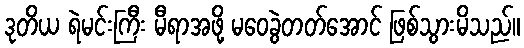
ဒုတိယ ရဲမင်းကြီး မီရာအဖို့ မဝေခွဲတတ်အောင် ဖြစ်သွားမိသည်။